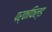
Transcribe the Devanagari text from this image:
पर्कफिल्ड